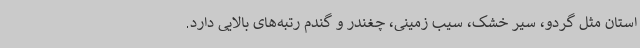
استان مثل گردو، سیر خشک، سیب زمینی، چغندر و گندم رتبه‌های بالایی دارد.